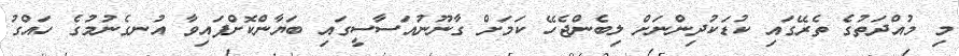
މި މުއްދަތުގެ ތެރޭގައި ކުޑަކުދިންނަށް ލިބެންޖެހޭ ކަމަށް ގާނޫނުއަސާސީގައި ބަޔާންކޮށްފައިވާ އުނގެނުމުގެ ހައްގު